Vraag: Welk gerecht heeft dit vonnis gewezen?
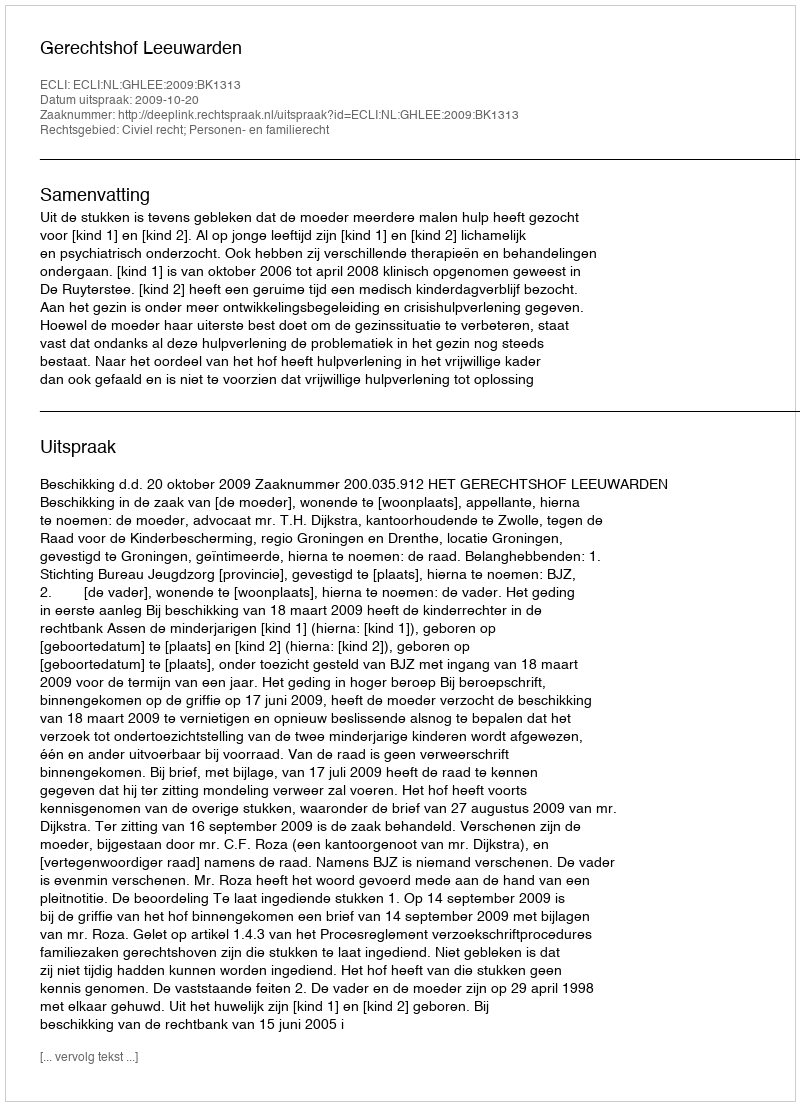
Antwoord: Gerechtshof Leeuwarden